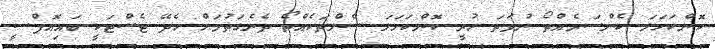
ކޮންކަހަލަ ކެންސަރެއްތޯ ނުވަތަ ހުރީ ކޮންކަހަލަ ސެލްތަކެއްތޯ ދެނެގަތުމަށް ހެދޭ ޓެސްޓަކީ ބައިއޮޕްސީ